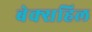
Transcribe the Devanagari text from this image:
बेक्सहिल